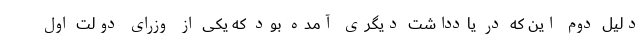
دلیل دوم این که در یادداشت دیگری آمده بود که یکی از وزرای دولت اول